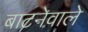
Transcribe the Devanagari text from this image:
बाटनेवाले